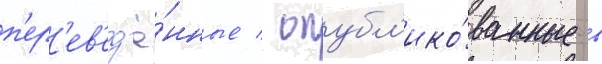
п'ер'ев'ед'ё́нные / опубл'ико́ванные в